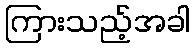
ကြားသည့်အခါ